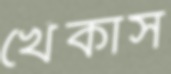
খেঁকাস